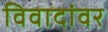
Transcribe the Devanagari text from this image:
विवादांवर